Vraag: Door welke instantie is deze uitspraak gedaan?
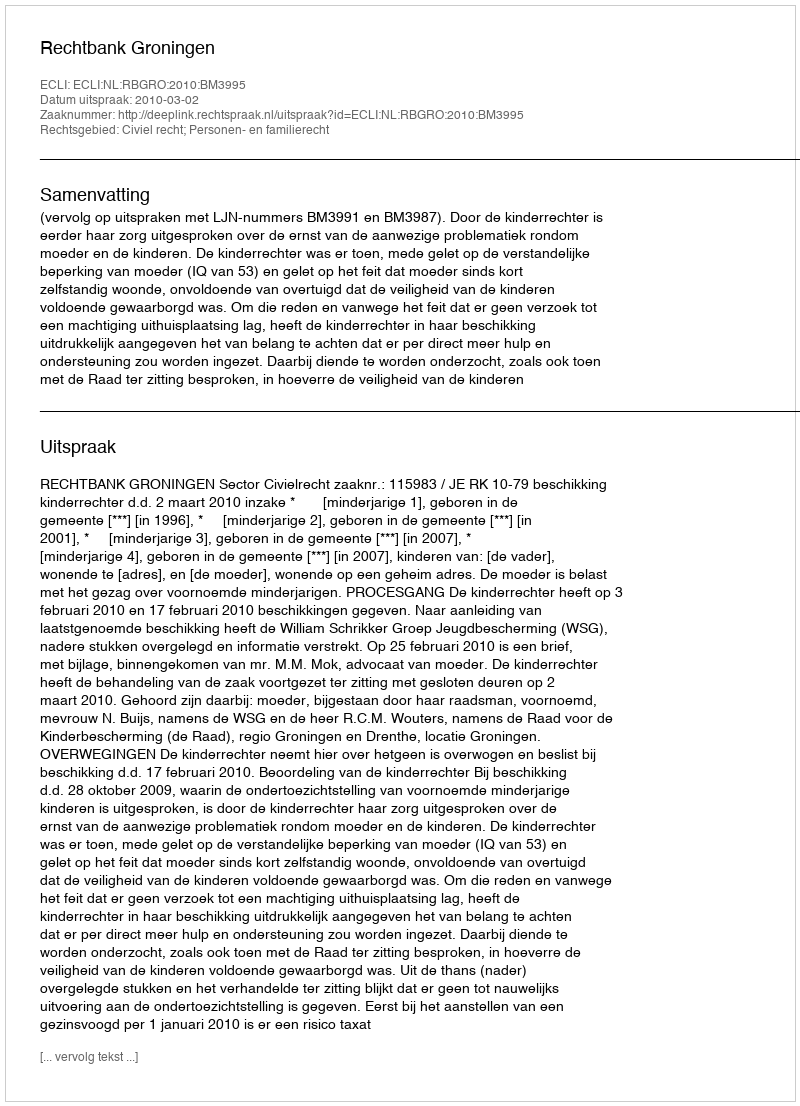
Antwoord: Rechtbank Groningen